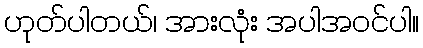
ဟုတ်ပါတယ်၊ အားလုံး အပါအဝင်ပါ။